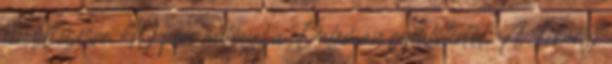
rendelkezésre. 40 perc autóval a Dalaman repülőtértől. A Liberty